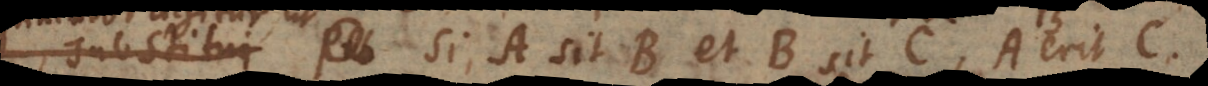
substitui si A sit B et B sit C, A erit C.